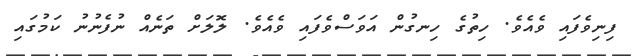
ފިނިވެފައި ވެއެވެ. ހިތުގެ ހިނގުން އަވަސްވެފައި ވެއެވެ. ލޮލަށް ތަނެއް ނުފެނުނު ކަމުގައި